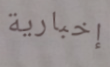
إخبارية